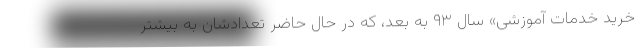
خرید خدمات آموزشی» سال ۹۳ به بعد، که در حال حاضر تعدادشان به بیشتر